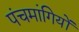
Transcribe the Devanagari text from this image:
पंचमांगियों